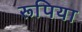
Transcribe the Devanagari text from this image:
रूपिया